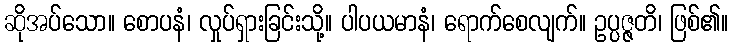
ဆိုအပ်သော။ စောပနံ၊ လှုပ်ရှားခြင်းသို့။ ပါပယမာနံ၊ ရောက်စေလျက်။ ဥပ္ပဇ္ဇတိ၊ ဖြစ်၏။